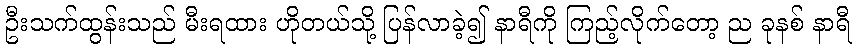
ဦးသက်ထွန်းသည် မီးရထား ဟိုတယ်သို့ ပြန်လာခဲ့၍ နာရီကို ကြည့်လိုက်တော့ ည ခုနစ် နာရီ